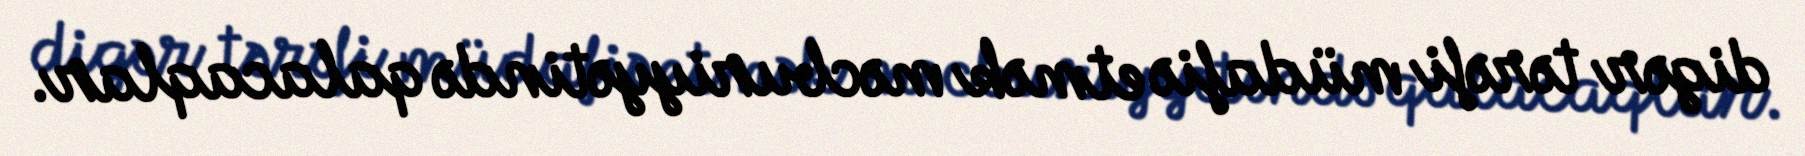
digər tərəfi müdafiə etmək məcburiyyətində qalacaqlar.